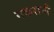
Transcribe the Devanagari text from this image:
नकरानी